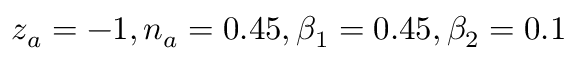
z _ { a } = - 1 , n _ { a } = 0 . 4 5 , \beta _ { 1 } = 0 . 4 5 , \beta _ { 2 } = 0 . 1